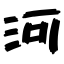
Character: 河